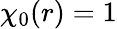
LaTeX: \chi_{0}(r)=1